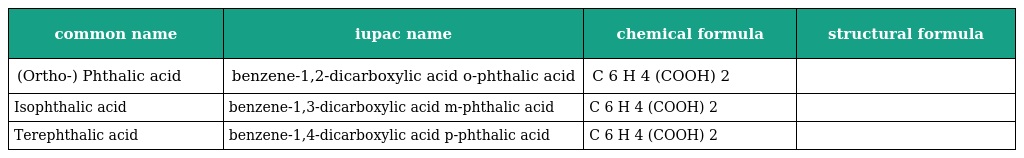
| common name | iupac name | chemical formula | structural formula |
 | --- | --- | --- | --- |
 | (Ortho-) Phthalic acid | benzene-1,2-dicarboxylic acid o-phthalic acid | C 6 H 4 (COOH) 2 |  |
 | Isophthalic acid | benzene-1,3-dicarboxylic acid m-phthalic acid | C 6 H 4 (COOH) 2 |  |
 | Terephthalic acid | benzene-1,4-dicarboxylic acid p-phthalic acid | C 6 H 4 (COOH) 2 |  |